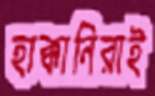
হাক্কানিরাই